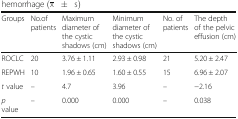
<table><thead><tr><td><b>Groups</b></td><td><b>No.of patients</b></td><td><b>Maximum diameter of the cystic shadows (cm)</b></td><td><b>Minimumdiameter of the cystic shadows (cm)</b></td><td><b>No. of patients</b></td><td><b>The depth of the pelvic effusion (cm)</b></td></tr></thead><tbody><tr><td>ROCLC</td><td>20</td><td>3.76 ± 1.11</td><td>2.93 ± 0.98</td><td>21</td><td>5.20 ± 2.47</td></tr><tr><td>REPWH</td><td>10</td><td>1.96 ± 0.65</td><td>1.60 ± 0.55</td><td>15</td><td>6.96 ± 2.07</td></tr><tr><td><i>t</i> value</td><td>–</td><td>4.7</td><td>3.96</td><td>–</td><td>−2.16</td></tr><tr><td><i>p</i> value</td><td>–</td><td>0.000</td><td>0.000</td><td>–</td><td>0.038</td></tr></tbody></table>